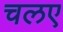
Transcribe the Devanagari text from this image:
चलए